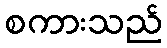
စကားသည်